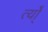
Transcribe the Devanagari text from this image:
र्त्यो्